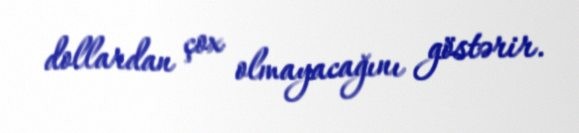
dollardan çox olmayacağını göstərir.